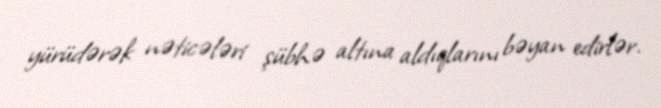
yürüdərək nəticələri şübhə altına aldıqlarını bəyan edirlər.